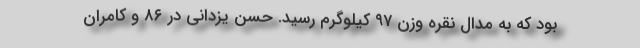
بود که به مدال نقره وزن ۹۷ کیلوگرم رسید. حسن یزدانی در ۸۶ و کامران